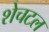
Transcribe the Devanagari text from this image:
शेचटल